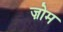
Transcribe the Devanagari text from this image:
ज़ोम